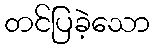
တင်ပြခဲ့သော